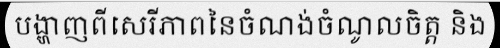
បង្ហាញពីសេរីភាពនៃចំណង់ចំណូលចិត្ត និង